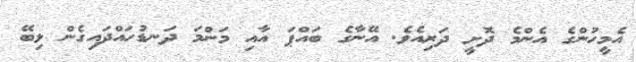
އެމީހުންގެ އެންމެ ދޮށީ ދަރިއެވެ. އޭނާގެ ބައްޕަ އާއި މަންމަ ދަނޑުހައްދައިގެން ލިބޭ